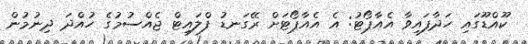
ކޫއްޑޫގައި ހަދާފައިވާ އެއާޕޯޓު: އެ އެއާޕޯޓަށް ރޭގަނޑު ފްލައިޓް ޖެއްސުމުގެ ހުއްދަ ދިނުމުން